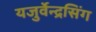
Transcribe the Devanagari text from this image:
यजुर्वेन्द्रसिंग